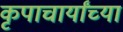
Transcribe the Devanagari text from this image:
कृपाचार्यांच्या